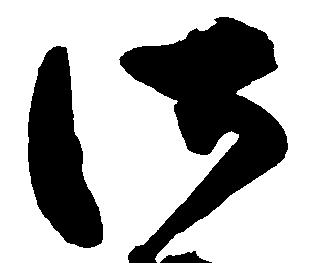
御